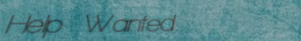
Help Wanted